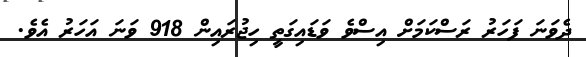
ދެވަނަ ފަހަރު ރަސްކަމަށް އިސްވެ ވަޑައިގަތީ ހިޖުރައިން 918 ވަނަ އަހަރު އެވެ.